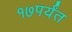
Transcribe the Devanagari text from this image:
१७पर्यंत